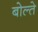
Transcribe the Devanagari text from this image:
बोल्ते